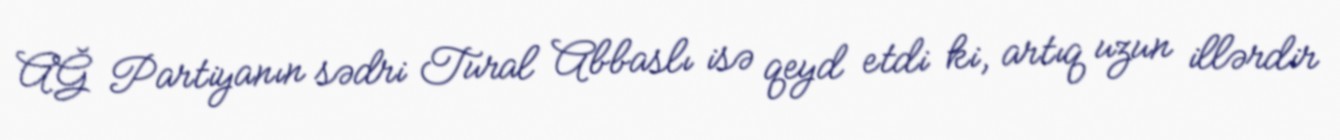
AĞ Partiyanın sədri Tural Abbaslı isə qeyd etdi ki, artıq uzun illərdir